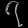
Digit: ၇